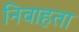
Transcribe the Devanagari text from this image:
निवाहता